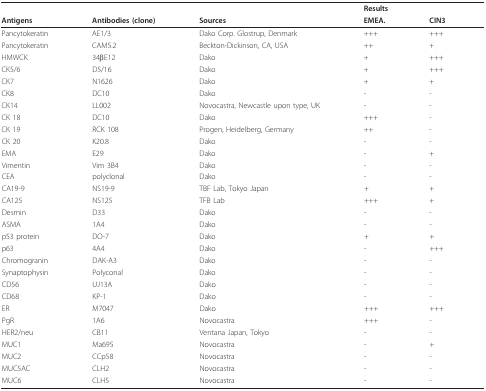
|  |  |  | <COLSPAN=2> Results |
 | Antigens | Antibodies (clone) | Sources | EMEA. | CIN3 |
 | --- | --- | --- | --- | --- |
 | Pancytokeratin | AE1/3 | Dako Corp. Glostrup, Denmark | +++ | +++ |
 | Pancytokeratin | CAM5.2 | Beckton-Dickinson, CA, USA | ++ | + |
 | HMWCK | 34βE12 | Dako | + | +++ |
 | CK5/6 | D5/16 | Dako | + | +++ |
 | CK7 | N1626 | Dako | + | + |
 | CK8 | DC10 | Dako | - | - |
 | CK14 | LL002 | Novocastra, Newcastle upon type, UK | - | - |
 | CK 18 | DC10 | Dako | +++ | - |
 | CK 19 | RCK 108 | Progen, Heidelberg, Germany | ++ | - |
 | CK 20 | K20.8 | Dako | - | - |
 | EMA | E29 | Dako | - | + |
 | Vimentin | Vim 3B4 | Dako | - | - |
 | CEA | polyclonal | Dako | - | - |
 | CA19-9 | NS19-9 | TBF Lab, Tokyo Japan | + | + |
 | CA125 | NS125 | TFB Lab | +++ | + |
 | Desmin | D33 | Dako | - | - |
 | ASMA | 1A4 | Dako | - | - |
 | p53 protein | DO-7 | Dako | + | + |
 | p63 | 4A4 | Dako | - | +++ |
 | Chromogranin | DAK-A3 | Dako | - | - |
 | Synaptophysin | Polyconal | Dako | - | - |
 | CD56 | UJ13A | Dako | - | - |
 | CD68 | KP-1 | Dako | - | - |
 | ER | M7047 | Dako | +++ | +++ |
 | PgR | 1A6 | Novocastra | +++ | - |
 | HER2/neu | CB11 | Ventana Japan, Tokyo | - | - |
 | MUC1 | Ma695 | Novocastra | - | + |
 | MUC2 | CCp58 | Novocastra | - | - |
 | MUC5AC | CLH2 | Novocastra | - | - |
 | MUC6 | CLH5 | Novocastra | - | - |